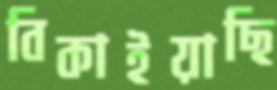
বিকাইয়াছি